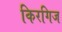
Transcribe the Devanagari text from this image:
किरगिज